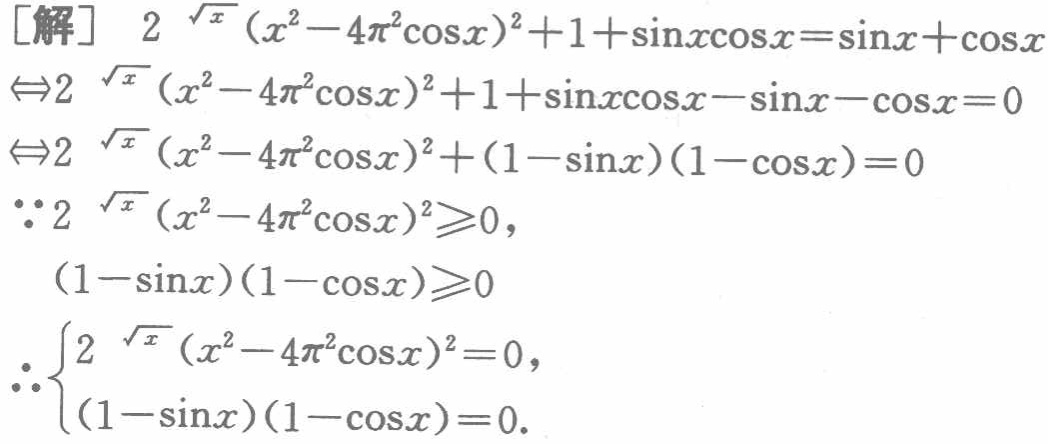
\begin{align*}
[\text{解}]\quad&2^{\sqrt{x}}(x^{2} - 4\pi^{2}\cos x)^{2}+1+\sin x\cos x=\sin x+\cos x\\
\Leftrightarrow&2^{\sqrt{x}}(x^{2} - 4\pi^{2}\cos x)^{2}+1+\sin x\cos x-\sin x - \cos x = 0\\
\Leftrightarrow&2^{\sqrt{x}}(x^{2} - 4\pi^{2}\cos x)^{2}+(1 - \sin x)(1 - \cos x)=0\\
\because&2^{\sqrt{x}}(x^{2} - 4\pi^{2}\cos x)^{2}\geqslant0,\\
&(1 - \sin x)(1 - \cos x)\geqslant0\\
\therefore&
\begin{cases}
2^{\sqrt{x}}(x^{2} - 4\pi^{2}\cos x)^{2}=0,\\
(1 - \sin x)(1 - \cos x)=0.
\end{cases}
\end{align*}